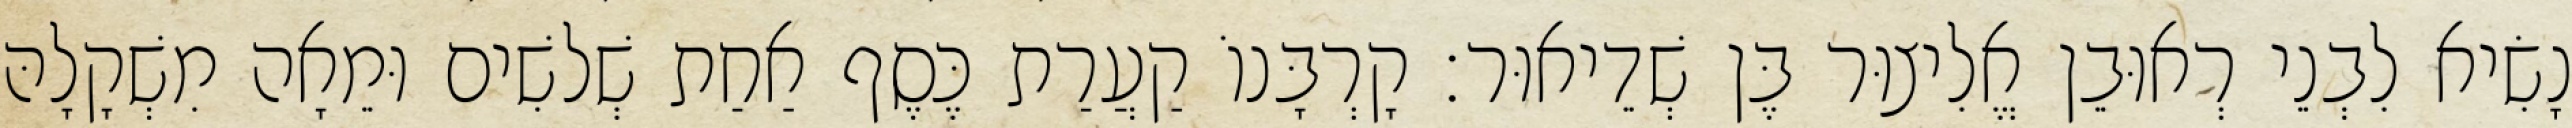
נָשִׂיא לִבְנֵי רְאוּבֵן אֱלִיצוּר בֶּן שְׁדֵיאוּר׃ קָרְבָּנוֹ קַעֲרַת כֶּסֶף אַחַת שְׁלשִׁים וּמֵאָה מִשְׁקָלָהּ